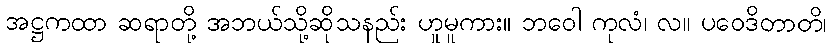
အဋ္ဌကထာ ဆရာတို့ အဘယ်သို့ဆိုသနည်း ဟူမူကား။ ဘဝေါ ကုလံ၊ လ။ ပဝေဒိတာတိ၊